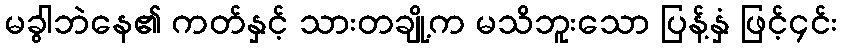
မခွါဘဲနေ၏ ကတ်နှင့် သားတချို့က မသိဘူးသော ပြန့်နှံ ဖြင့်၄င်း